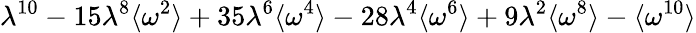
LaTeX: \lambda^{10}-15\lambda^{8}\langle\omega^{2}\rangle+35\lambda^{6}\langle\omega^{4}\rangle-28\lambda^{4}\langle\omega^{6}\rangle+9\lambda^{2}\langle\omega^{8}\rangle-\langle\omega^{10}\rangle